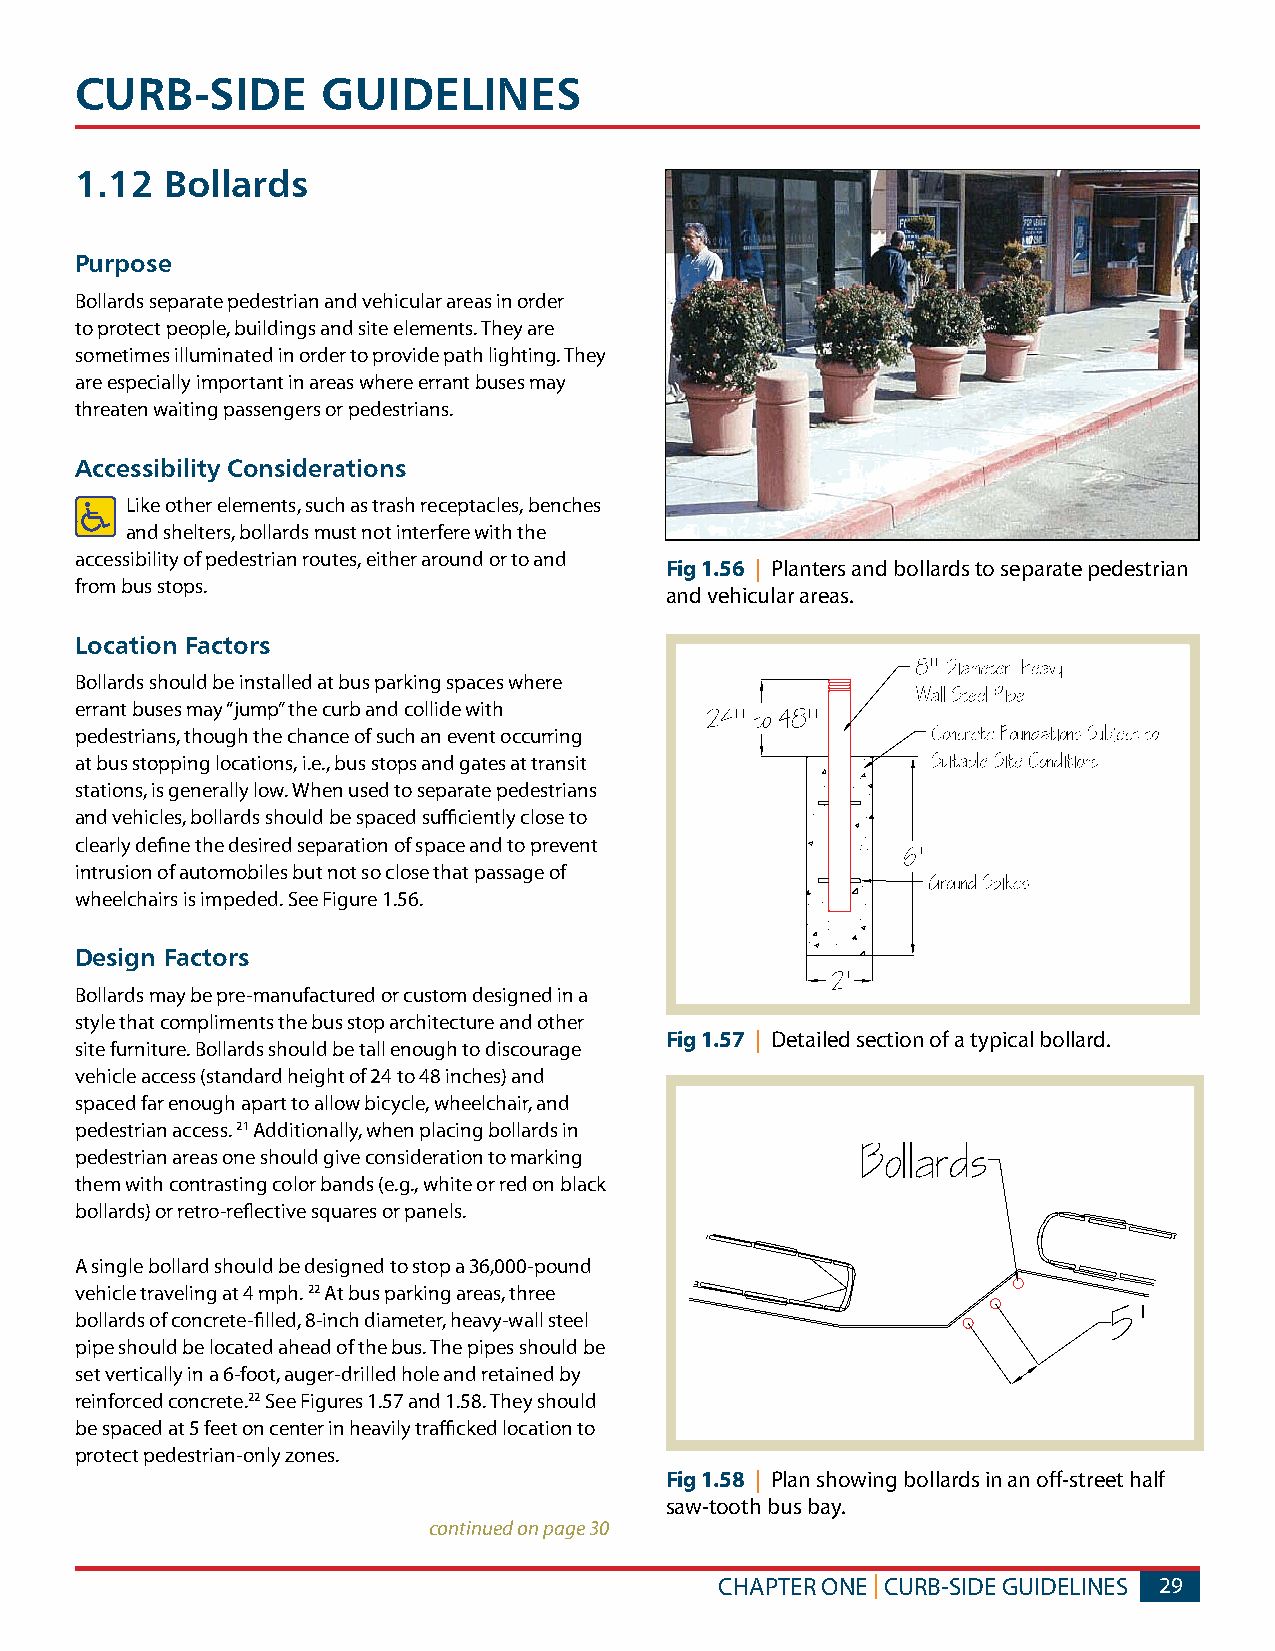
CURB-SIDE       GUIDELINES
 1.12  Bollards
 Purpose
 Bollards separate pedestrian and vehicular areas in order
 to protect people, buildings and site elements. They are
 sometimes illuminated in order to provide path lighting. They
 are especially important in areas where errant buses may
 threaten waiting passengers or pedestrians.
 Accessibility Considerations
 Like other elements, such as trash receptacles, benches
 and shelters, bollards must not interfere with the
 accessibility of pedestrian routes, either around or to and
 Fig 1.56 | Planters and bollards to separate pedestrian
 from bus stops.
 and vehicular areas.
 Location Factors
 Bollards should be installed at bus parking spaces where
 errant buses may “jump” the curb and collide with
 pedestrians, though the chance of such an event occurring
 at bus stopping locations, i.e., bus stops and gates at transit
 stations, is generally low. When used to separate pedestrians
 and vehicles, bollards should be spaced sufficiently close to
 clearly define the desired separation of space and to prevent
 intrusion of automobiles but not so close that passage of
 wheelchairs is impeded. See Figure 1.56.
 Design Factors
 Bollards may be pre-manufactured or custom designed in a
 style that compliments the bus stop architecture and other
 Fig 1.57 | Detailed section of a typical bollard.
 site furniture. Bollards should be tall enough to discourage
 vehicle access (standard height of 24 to 48 inches) and
 spaced far enough apart to allow bicycle, wheelchair, and
 pedestrian access. 21 Additionally, when placing bollards in
 pedestrian areas one should give consideration to marking
 them with contrasting color bands (e.g., white or red on black
 bollards) or retro-reflective squares or panels.
 A single bollard should be designed to stop a 36,000-pound
 vehicle traveling at 4 mph. 22 At bus parking areas, three
 bollards of concrete-filled, 8-inch diameter, heavy-wall steel
 pipe should be located ahead of the bus. The pipes should be
 set vertically in a 6-foot, auger-drilled hole and retained by
 reinforced concrete.22 See Figures 1.57 and 1.58. They should
 be spaced at 5 feet on center in heavily trafficked location to
 protect pedestrian-only zones.
 Fig 1.58 | Plan showing bollards in an off-street half
 saw-tooth bus bay.
 continued on page 30
 CHAPTER ONE | CURB-SIDE GUIDELINES 29